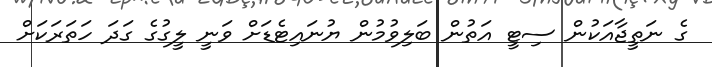
ގެ ނަތީޖާއަކުން ސިޓީ އަތުން ބަލިވުމުން ޔުނައިޓެޑަށް ވަނީ ލީގުގެ ގަދަ ހަތަރަކަށް